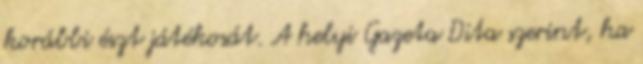
korábbi észt játékosát. A helyi Gazeta Dita szerint, ha